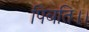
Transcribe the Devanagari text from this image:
पिबति।।